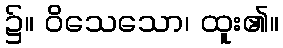
၌။ ဝိသေသော၊ ထူး၏။